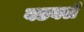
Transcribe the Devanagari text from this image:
बडवले